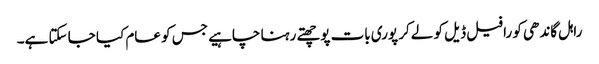
راہل گاندھی کو رافیل ڈیل کو لےکر پوری بات پوچھتے رہنا چاہیے جس کو عام کیا جا سکتا ہے۔